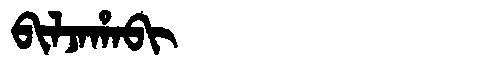
Manchu: ᠪᡳᠯᠵᠠᡥᠠᠪᡳ
Romanization: BILJAHABI